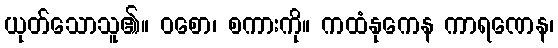
ယုတ်သောသူ၏။ ဝစော၊ စကားကို။ ကထံနုကေန ကာရဏေန၊